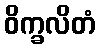
ဝိက္ခလိတံ